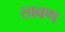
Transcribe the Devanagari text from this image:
खबण